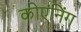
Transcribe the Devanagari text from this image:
कोएनिंग